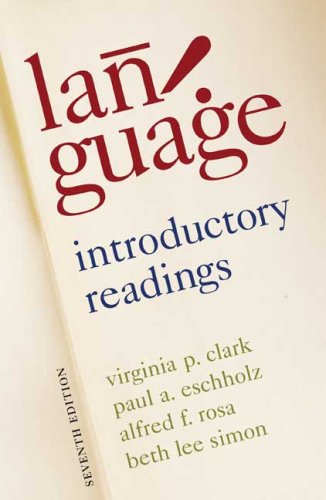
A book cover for Language: Introductory Readings; Virginia Clark; Reference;